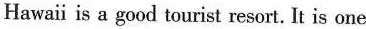
Hawaii is a good tourist resort. It is one